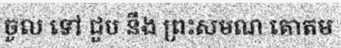
ចូល ទៅ ជួប នឹង ព្រះសមណ គោតម